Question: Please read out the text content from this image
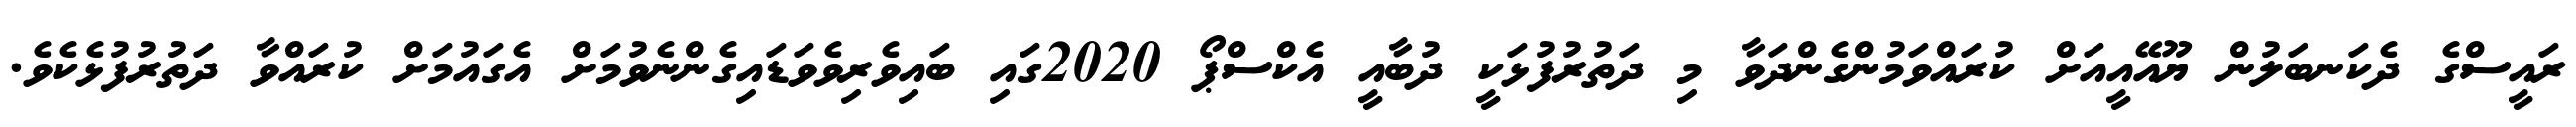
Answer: ރައީސްގެ ދެކަނބަލުން ޔޫއޭއީއަށް ކުރައްވަމުންގެންދަވާ މި ދަތުރުފުޅަކީ ދުބާއީ އެކްސްޕޯ 2020ގައި ބައިވެރިވެވަޑައިގެންނެވުމަށް އެގައުމަށް ކުރައްވާ ދަތުރުފުޅެކެވެ.